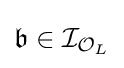
{\mathfrak {b}}\in {\mathcal {I}}_{{\mathcal {O}}_{L}}